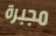
مجبرة